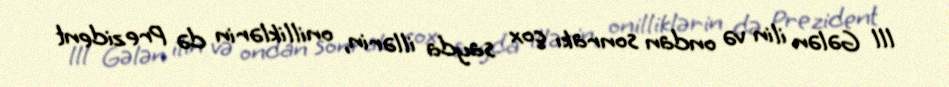
lll Gələn ilin və ondan sonrakı çox sayda illərin, onilliklərin də Prezident